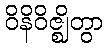
ဝိနိဝိဇ္ဈိတွာ